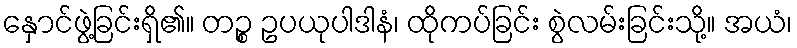
နှောင်ဖွဲ့ခြင်းရှိ၏။ တဉ္စ ဥပယုပါဒါနံ၊ ထိုကပ်ခြင်း စွဲလမ်းခြင်းသို့။ အယံ၊